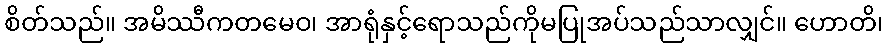
စိတ်သည်။ အမိဿီကတမေဝ၊ အာရုံနှင့်ရောသည်ကိုမပြုအပ်သည်သာလျှင်။ ဟောတိ၊